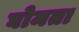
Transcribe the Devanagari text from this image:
घोमता